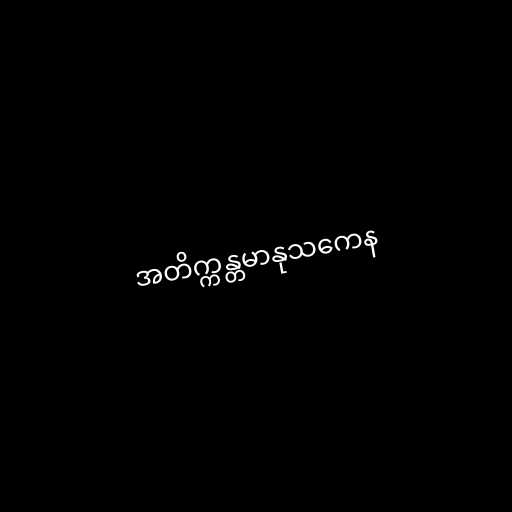
အတိက္ကန္တမာနုသကေန